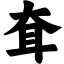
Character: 耷